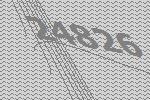
24826